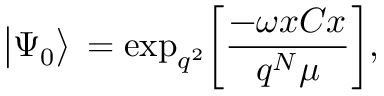
\big | \Psi _ { 0 } \big > \, = \mathrm { e x p } _ { q ^ { 2 } } \bigg [ { \frac { - \omega x C x } { q ^ { N } \mu } } \bigg ] ,